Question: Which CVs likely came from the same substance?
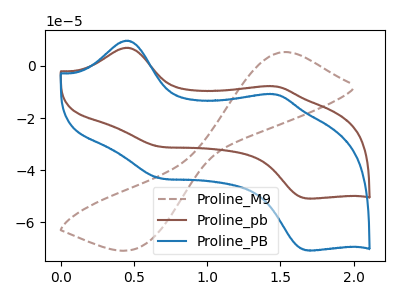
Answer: <think>The brown dashed curve "Proline_M9" has an anodic peak at (1.55V, 5.35uA) and a cathodic peak at (0.50V, -69.95uA). The brown curve "Proline_pb" has anodic peaks at (0.45V, 6.95uA) (1.45V, -7.85uA) and cathodic peaks at (0.65V, -30.95uA) (1.70V, -50.90uA). The blue curve "Proline_PB" has anodic peaks at (0.45V, 9.70uA) (1.45V, -10.90uA) and cathodic peaks at (0.65V, -43.05uA) (1.70V, -70.80uA).
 "Proline_M9" and "Proline_pb" have a different number of peaks. "Proline_M9" and "Proline_PB" have a different number of peaks. All the peaks in "Proline_pb" have a peak in "Proline_PB" at the same potential.</think>
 <answer>"Proline_PB" and "Proline_pb" have the same shape and are likely CV's of the same chemical.</answer>
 <eval>"Proline_PB" "Proline_pb"</eval>